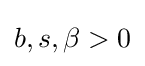
b,s,\beta >0\,\!